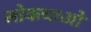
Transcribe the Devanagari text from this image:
लोकचाओ